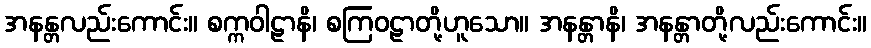
အနန္တလည်းကောင်း။ စက္ကဝါဠာနိ၊ စကြဝဠာတို့ဟူသော။ အနန္တာနိ၊ အနန္တာတို့လည်းကောင်း။